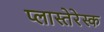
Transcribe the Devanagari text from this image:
प्लास्तेरेस्क